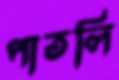
পাতলি